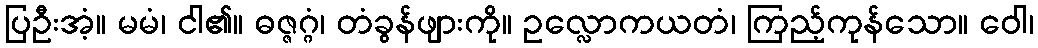
ပြဦးအံ့။ မမံ၊ ငါ၏။ ဓဇ္ဇဂ္ဂံ၊ တံခွန်ဖျားကို။ ဥလ္လောကယတံ၊ ကြည့်ကုန်သော။ ဝေါ၊